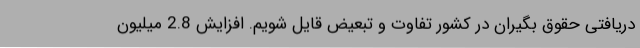
دریافتی حقوق بگیران در کشور تفاوت و تبعیض قایل شویم. افزایش 2.8 میلیون